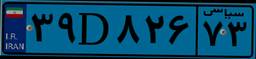
۳۹D۸۲۶۷۳